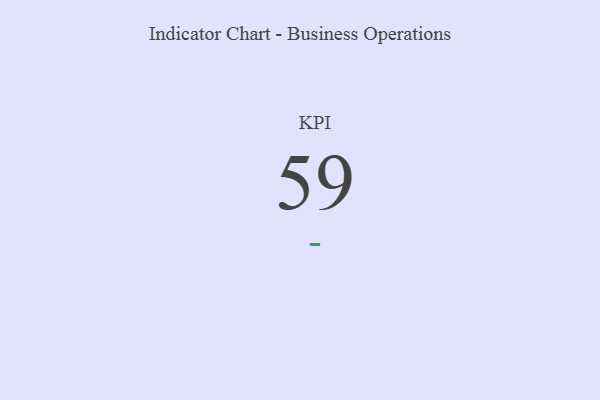
{"axis": {"x": "KPI", "y": "Value"}, "legend": [""], "data": [{"x": "KPI", "y": 59, "type": ""}]}